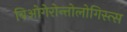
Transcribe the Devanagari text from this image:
बिओगेरोन्तोलोगिस्त्स